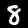
Label: 8